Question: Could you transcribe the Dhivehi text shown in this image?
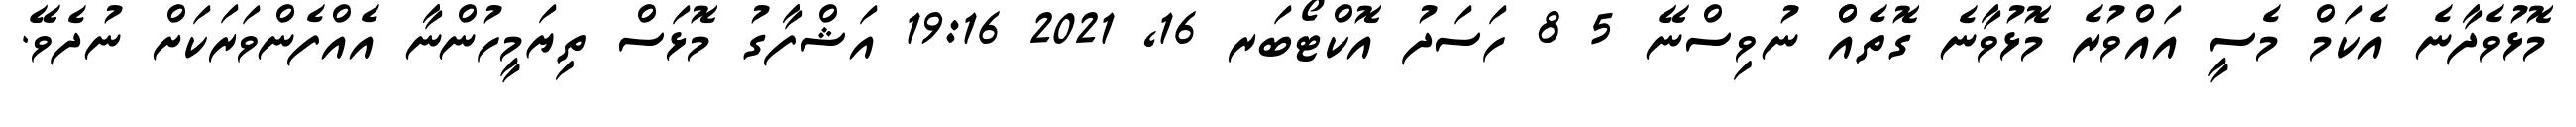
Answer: މޮޅުވެދާނެ އެކަމް މެސީ އައްވުރެ މޮޅުވާނެ ގޮތެއްް ނުވިސްނޭ 5 8 ހަސަދު އޮކްޓޯބަރ 16, 2021 19:16 އަޝްފާގު މޮޅަސް ތިޔަމީހުންނާ އެއްފެންވަރަކަށް ނުދެވޭ.